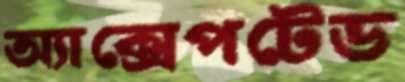
অ্যাক্সেপটেড